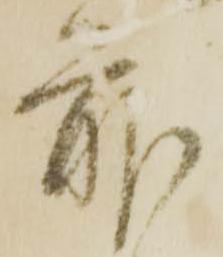
前